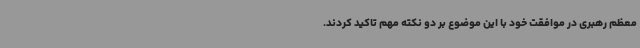
معظم رهبری در موافقت خود با این موضوع بر دو نکته مهم تاکید کردند.